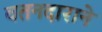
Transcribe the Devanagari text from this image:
वतनदाराने